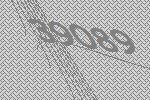
39089